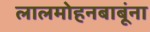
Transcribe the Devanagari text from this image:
लालमोहनबाबूंना